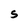
Character: S